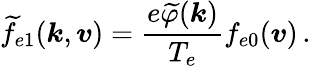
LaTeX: \widetilde{f}_{e1}(\boldsymbol{k},\boldsymbol{v})=\frac{e\widetilde{\varphi}(\boldsymbol{k})}{T_{e}}f_{e0}(\boldsymbol{v})\, .